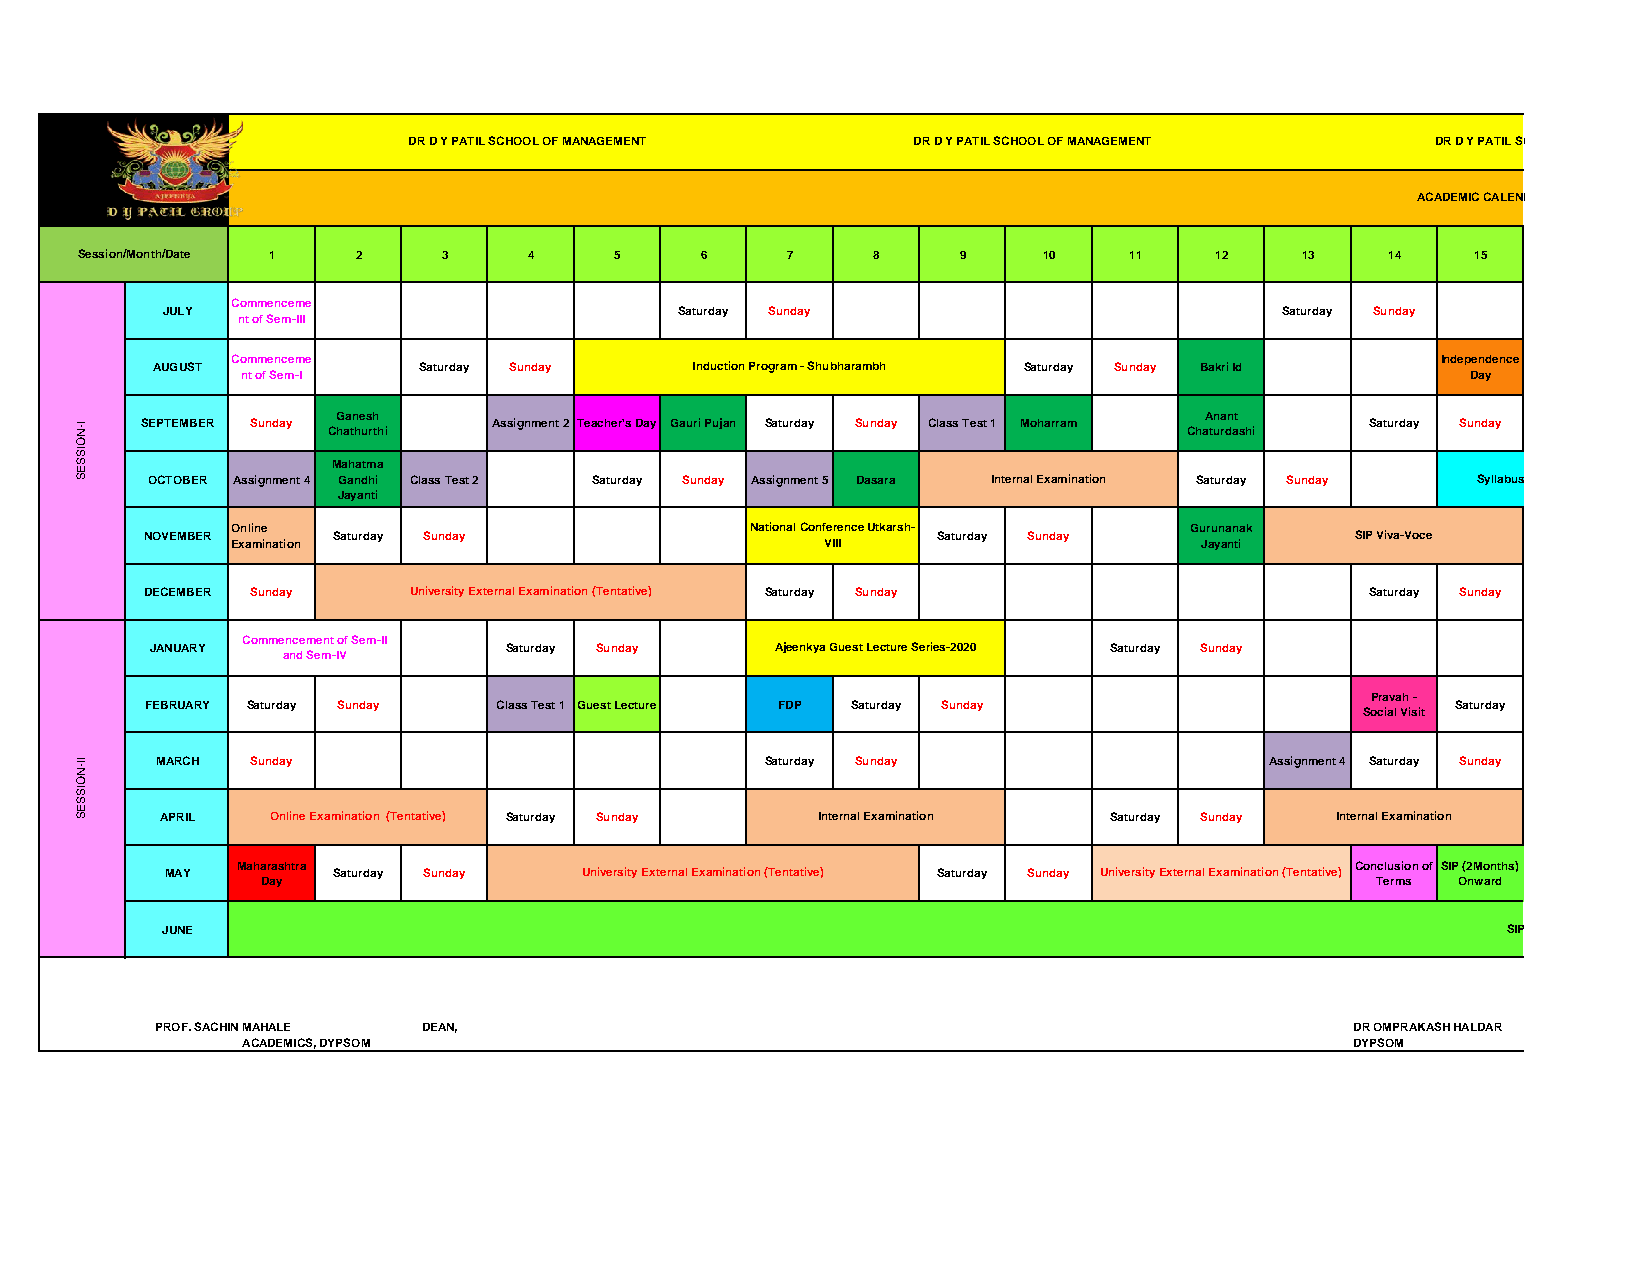
DR D Y PATIL SCHOOL OF MANAGEMENT DR D Y PATIL SCHOOL OF MANAGEMENT DR D Y PATIL SCHOOL OF MANAGEMENT                                   CHARHOLI (BK), VIA LOHEGAON, PUNE-412105
 ACADEMIC CALENDAR FOR ACADEMIC YEAR 2019-20
 Session/Month/Date 1 2  3     4     5    6     7     8     9    10    11   12    13    14    15
 Commenceme
 JULY                              Saturday Sunday                         Saturday Sunday
 nt of Sem-III
 Commenceme                                                                      Independence
 AUGUST            Saturday Sunday   Induction Program - Shubharambh Saturday Sunday Bakri Id
 nt of Sem-I                                                                      Day
 Ganesh                                                    Anant
 I-N SEPTEMBER Sunday Chathurthi Assignment 2 Teacher's Day Gauri Pujan Saturday Sunday Class Test 1 Moharram Chaturdashi Saturday Sunday
 O
 IS
 S E              Mahatma
 S    OCTOBER Assignment 4 Gandhi Class Test 2 Saturday Sunday Assignment 5 Dasara Internal Examination Saturday Sunday Syllabus Revision
 Jayanti
 Online                             National Conference Utkarsh- Gurunanak
 NOVEMBER    Saturday Sunday                         Saturday Sunday             SIP Viva-Voce
 Examination                             VIII                    Jayanti
 DECEMBER Sunday  University External Examination (Tentative) Saturday Sunday     Saturday Sunday
 Commencement of Sem-II
 JANUARY                Saturday Sunday   Ajeenkya Guest Lecture Series-2020 Saturday Sunday
 and Sem-IV
 Pravah -
 FEBRUARY Saturday Sunday Class Test 1 Guest Lecture FDP Saturday Sunday               Saturday
 Social Visit
 II-N MARCH  Sunday                            Saturday Sunday                  Assignment 4 Saturday Sunday
 O
 IS
 S
 E
 S     APRIL  Online Examination (Tentative) Saturday Sunday Internal Examination Saturday Sunday Internal Examination
 Maharashtra                                                               Conclusion of SIP (2Months)
 MAY        Saturday Sunday  University External Examination (Tentative) Saturday Sunday University External Examination (Tentative)
 Day                                                                       Terms Onward
 JUNE                                                                                     SIP (2Months) Onward
 PROF. SACHIN MAHALE DEAN,                                                       DR OMPRAKASH HALDAR HOD,
 ACADEMICS, DYPSOM                                                         DYPSOM